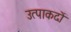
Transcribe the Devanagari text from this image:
उत्पाकदों